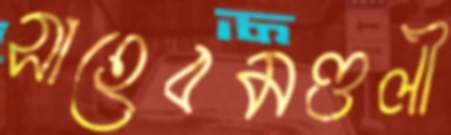
সাহেবমণ্ডলী